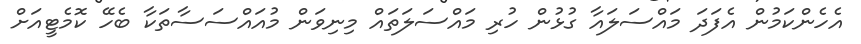
އެހެންކަމުން އެފަދަ މައްސަލައާ ގުޅުން ހުރި މައްސަލަތައް މިނިވަން މުއައްސަސާތަކާ ބެހޭ ކޮމެޓީއަށް